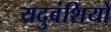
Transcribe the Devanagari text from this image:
यदुवंशियो